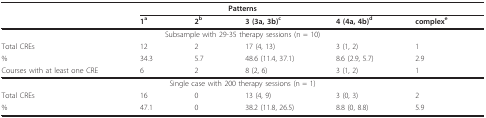
<table><thead><tr><td colspan="6"><b>Patterns</b></td></tr><tr><td></td><td><b>1<sup>a</sup></b></td><td><b>2<sup>b</sup></b></td><td><b>3 (3a, 3b)<sup>c</sup></b></td><td><b>4 (4a, 4b)<sup>d</sup></b></td><td><b>complex<sup>e</sup></b></td></tr></thead><tbody><tr><td colspan="6">Subsample with 29-35 therapy sessions (n = 10)</td></tr><tr><td>Total CREs</td><td>12</td><td>2</td><td>17 (4, 13)</td><td>3 (1, 2)</td><td>1</td></tr><tr><td>%</td><td>34.3</td><td>5.7</td><td>48.6 (11.4, 37.1)</td><td>8.6 (2.9, 5.7)</td><td>2.9</td></tr><tr><td>Courses with at least one CRE</td><td>6</td><td>2</td><td>8 (2, 6)</td><td>3 (1, 2)</td><td>1</td></tr><tr><td colspan="6">Single case with 200 therapy sessions (n = 1)</td></tr><tr><td>Total CREs</td><td>16</td><td>0</td><td>13 (4, 9)</td><td>3 (0, 3)</td><td>2</td></tr><tr><td>%</td><td>47.1</td><td>0</td><td>38.2 (11.8, 26.5)</td><td>8.8 (0, 8.8)</td><td>5.9</td></tr></tbody></table>